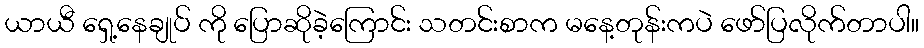
ယာယီ ရှေ့နေချုပ် ကို ပြောဆိုခဲ့ကြောင်း သတင်းစာက မနေ့တုန်းကပဲ ဖော်ပြလိုက်တာပါ။